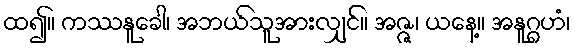
ထ၍။ ကဿနူခေါ၊ အဘယ်သူအားလျှင်။ အဇ္ဇ၊ ယနေ့။ အနူဂ္ဂဟံ၊